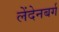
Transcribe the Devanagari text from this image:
लेंदेनबर्ग